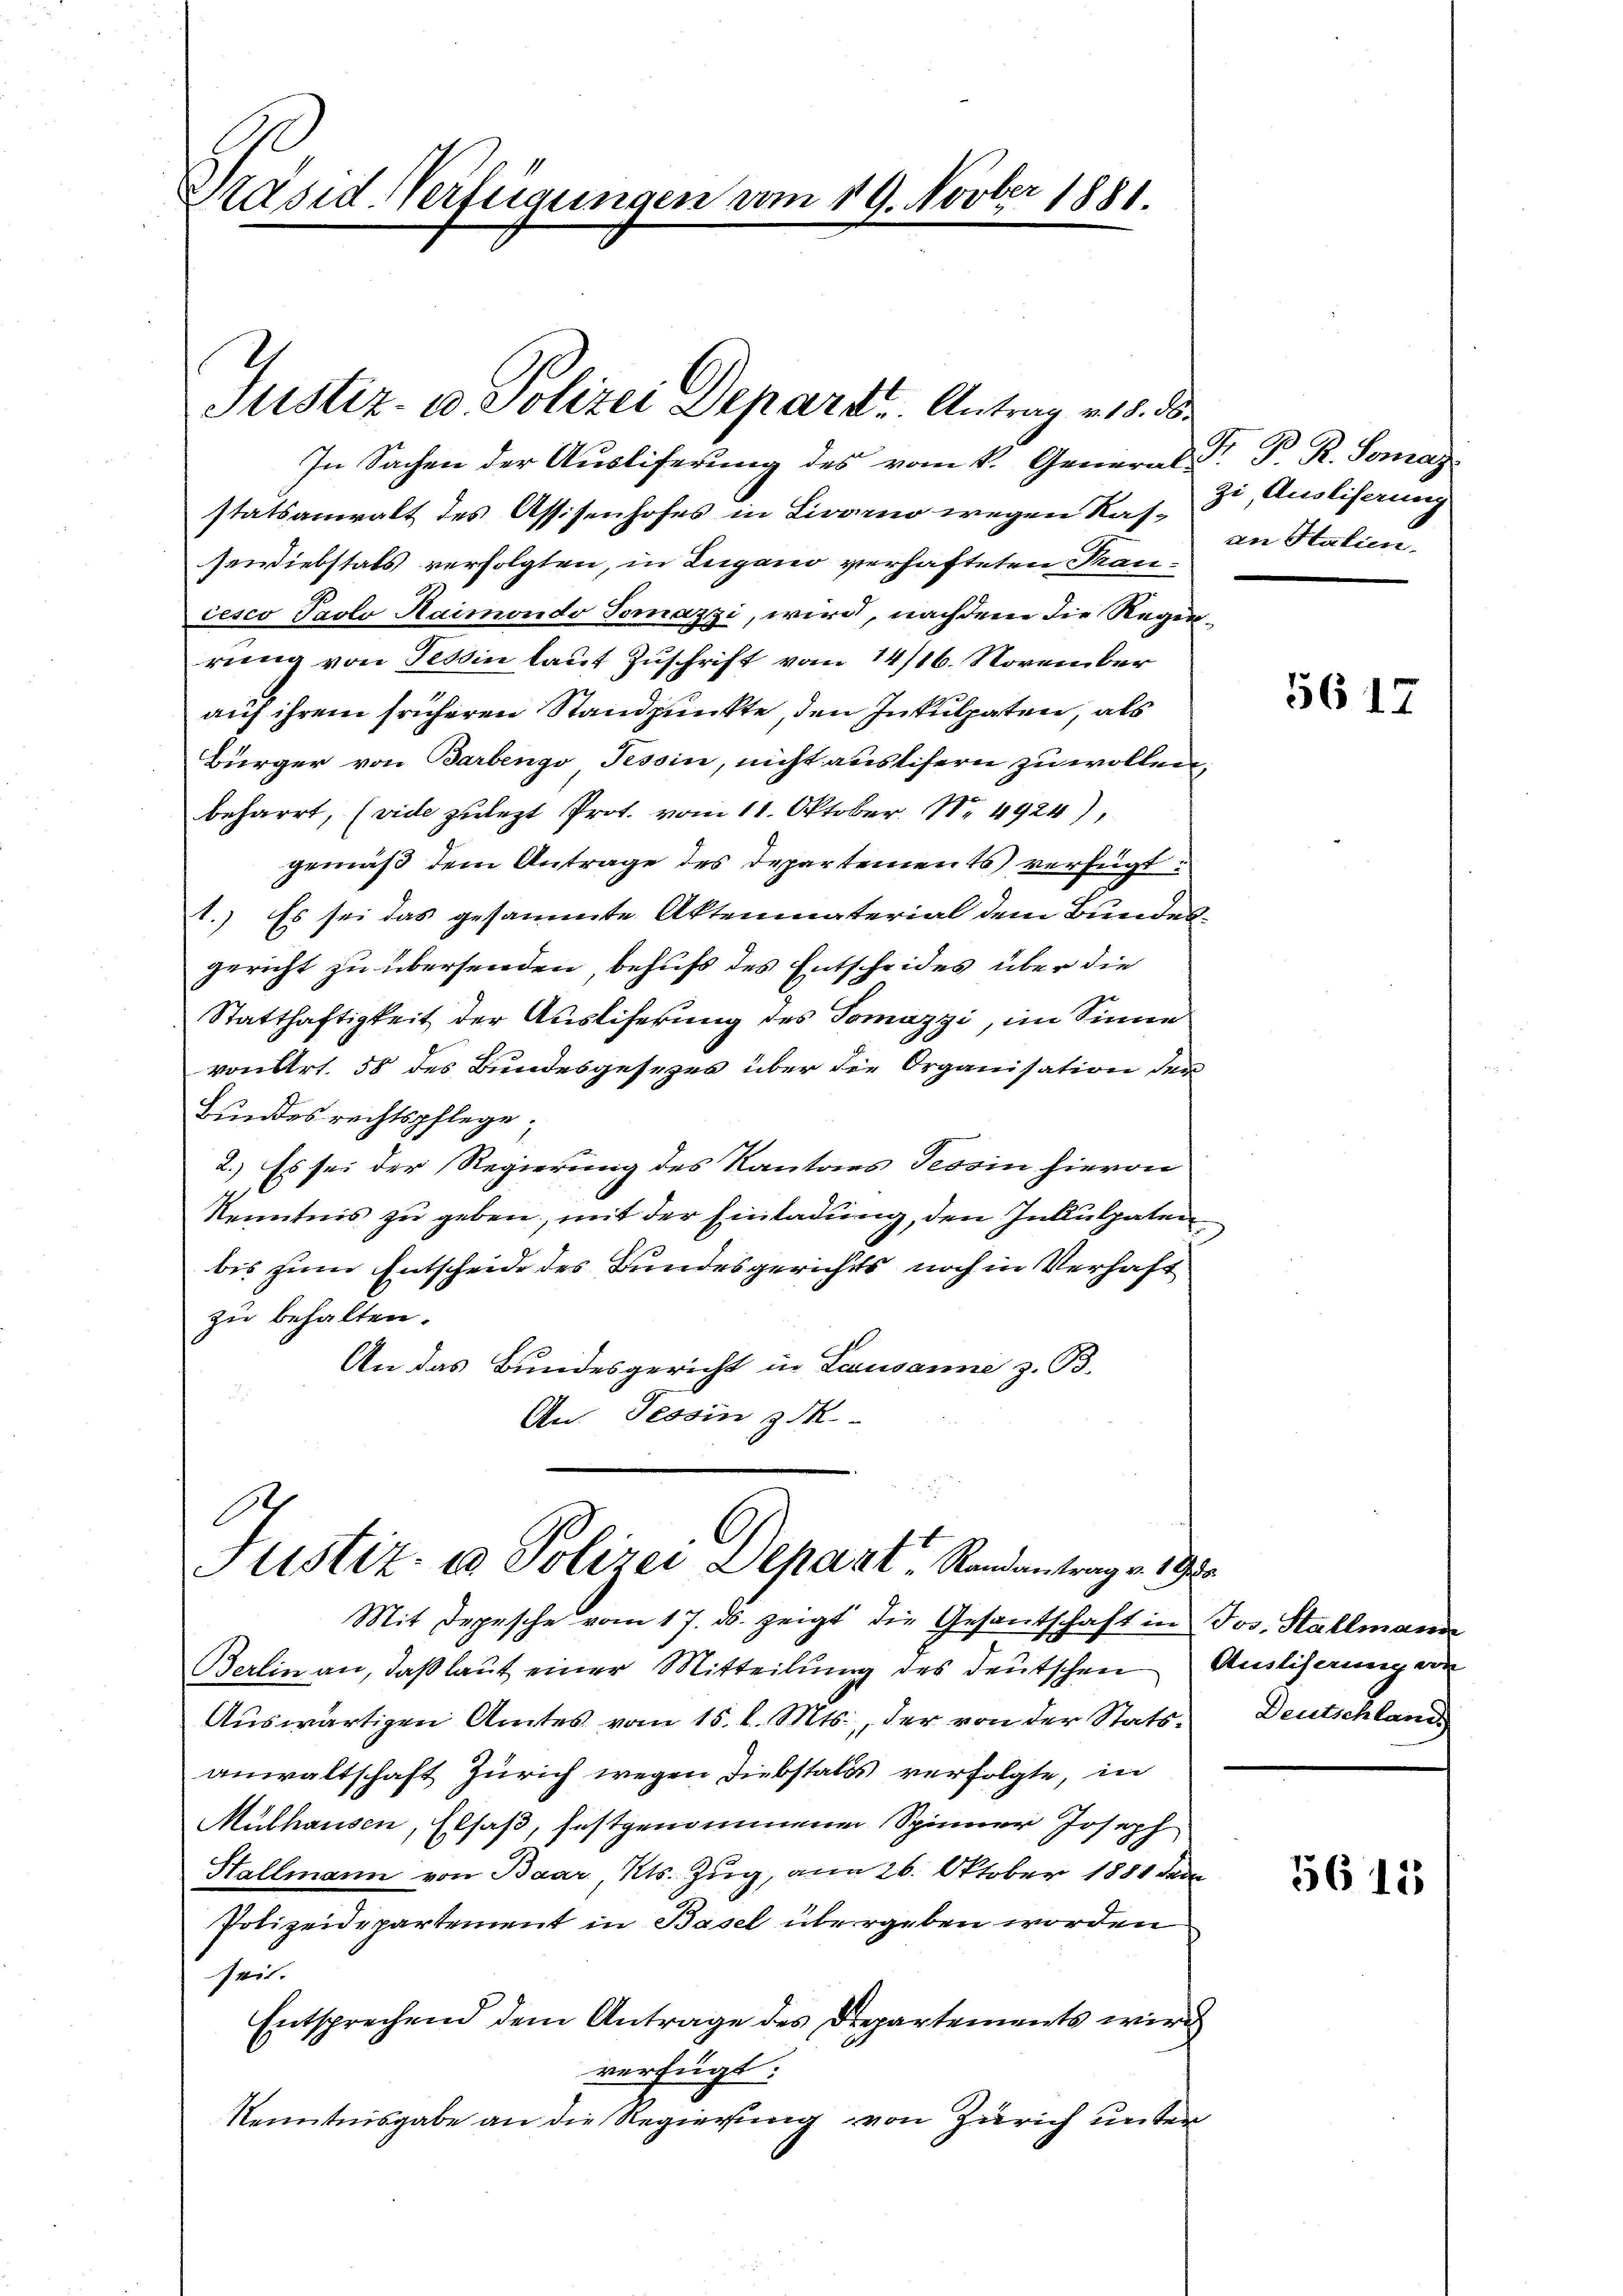
Päsid-Verfügungen vom 19. Novber 1881.

e
Justiz- u. Polizei Depart. Antrag v. 18. d.

In Sachen der Ausliferung des vom k. General S. P. R. Somas
statsanwalt des Assisenhofes in Livorno wegen Kassendiebstals verfolgten, in Zugano verhafteten Kancesco Paolo Haimondo Tomazzi, wird, nachdem die Regenrung von Tessin laut Zuschrift vom 14/16. November
auf ihrem früheren Standpunkte, den Inkulpaten, als
Bürger von Barbengo Tessin, nicht austifern zu wollen,
beharrt, (vide zulezt Prot. vom 11. Oktober. Nr. 4924),
gemäß dem Antrage des Departements) verfügt:
1.) Es sei das gesammte Aktenmaterial dem Bundes-
gericht zu übersenden, behufs des Entscheides über die
Statthaftigkeit der Ausliferung des Tomazzi, im Sinne
von Art. 58 des Bundesgesezes über die Organisation der
Bundes rechtspflege;
2.) Es sei der Regierung des Kantons Tessin hievon
Kenntnis zu geben, mit der Einladung, den Inkulpaten
bis zum Entscheide des Bundesgerichts noch in Verhaft
zu behalten.
An das Bundesgericht in Lausanne z. B.
An. Tessin z

Justiz- u Polizei Depart, Randantrag v. 192

Mit Depesche vom 17. ds. zeigt die Gesantschaft in Jos. Stallmann
Berlin an, daß laut einer Mitteilung des deutschen Anlichnung von
Auswärtigen Amtes vom 15. d. Mts., der von der Statsanwaltschaft Zürich wegen Diebstalts verfolgte, in
Mülhausen, Elsaß, festgenommen Spinner Joseph
Stallmann von Baar, Kts. Zug, am 26. Oktober 1881 de
Polizeidepartement in Basel übergeben worden
sei.
Entsprechend dem Antrage des Drepartements wird
verfügt:
Kenntnisgabe an die Regierung von Zürich unter

zi, Ausliserung
an Statien.

5617

Deutschland

5611